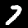
Label: 7